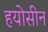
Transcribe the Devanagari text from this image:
हयोसीन